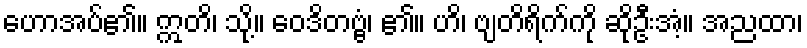
ဟောအပ်၏။ ဣတိ၊ သို့။ ဝေဒိတဗ္ဗံ၊ ၏။ ဟိ၊ ဗျတိရိက်ကို ဆိုဦးအံ့။ အညထာ၊